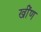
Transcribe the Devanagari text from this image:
खींण